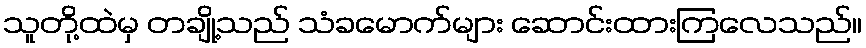
သူတို့ထဲမှ တချို့သည် သံခမောက်များ ဆောင်းထားကြလေသည်။